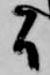
間